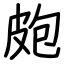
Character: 皰